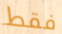
فقط